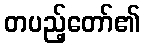
တပည့်တော်၏